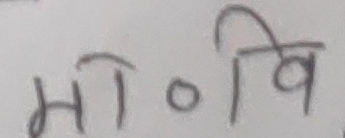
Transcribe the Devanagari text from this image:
मी० वि